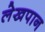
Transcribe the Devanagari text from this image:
लेखपान